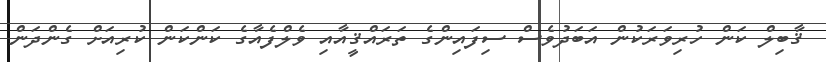
ޤާބިލް ކަން ހުރިވަރަކުން އަބަދުވެސް ސިފައިންގެ ތަރައްޤީއާއި ވެލްފެއާގެ ކަންކަން ކުރިއަށް ގެންދަން